Source: Handwritten
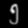
Digit: ၅ (5)